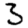
Digit: 3